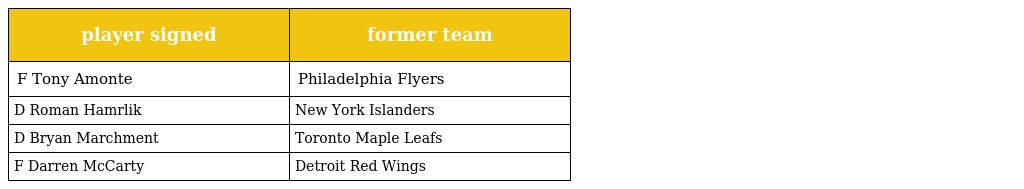
| player signed | former team |
 | --- | --- |
 | F Tony Amonte | Philadelphia Flyers |
 | D Roman Hamrlik | New York Islanders |
 | D Bryan Marchment | Toronto Maple Leafs |
 | F Darren McCarty | Detroit Red Wings |